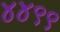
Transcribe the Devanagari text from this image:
४४९९